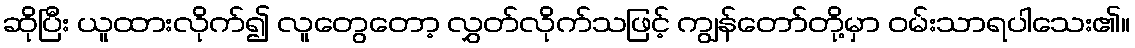
ဆိုပြီး ယူထားလိုက်၍ လူတွေတော့ လွှတ်လိုက်သဖြင့် ကျွန်တော်တို့မှာ ဝမ်းသာရပါသေး၏။